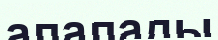
алалады